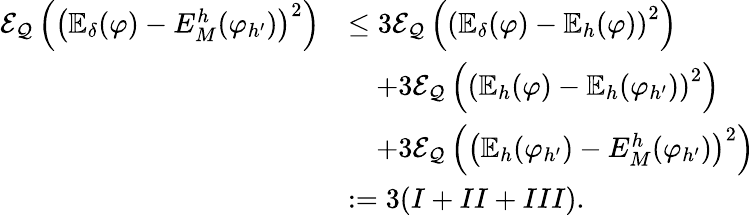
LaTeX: \begin{array}{rl}{\mathcal{E}_{\mathcal{Q}}\left(\left(\mathbb{E}_{\delta}(\varphi)-E_{M}^{h}(\varphi_{h^{\prime}})\right)^{2}\right)}&{\le 3\mathcal{E}_{\mathcal{Q}}\left(\left(\mathbb{E}_{\delta}(\varphi)-\mathbb{E}_{h}(\varphi)\right)^{2}\right)}\\ &{\quad+3\mathcal{E}_{\mathcal{Q}}\left(\left(\mathbb{E}_{h}(\varphi)-\mathbb{E}_{h}(\varphi_{h^{\prime}})\right)^{2}\right)}\\ &{\quad+3\mathcal{E}_{\mathcal{Q}}\left(\left(\mathbb{E}_{h}(\varphi_{h^{\prime}})-E_{M}^{h}(\varphi_{h^{\prime}})\right)^{2}\right)}\\ &{:=3(I+II+III).}\end{array}